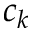
c _ { k }